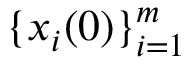
\{ x _ { i } ( 0 ) \} _ { i = 1 } ^ { m }